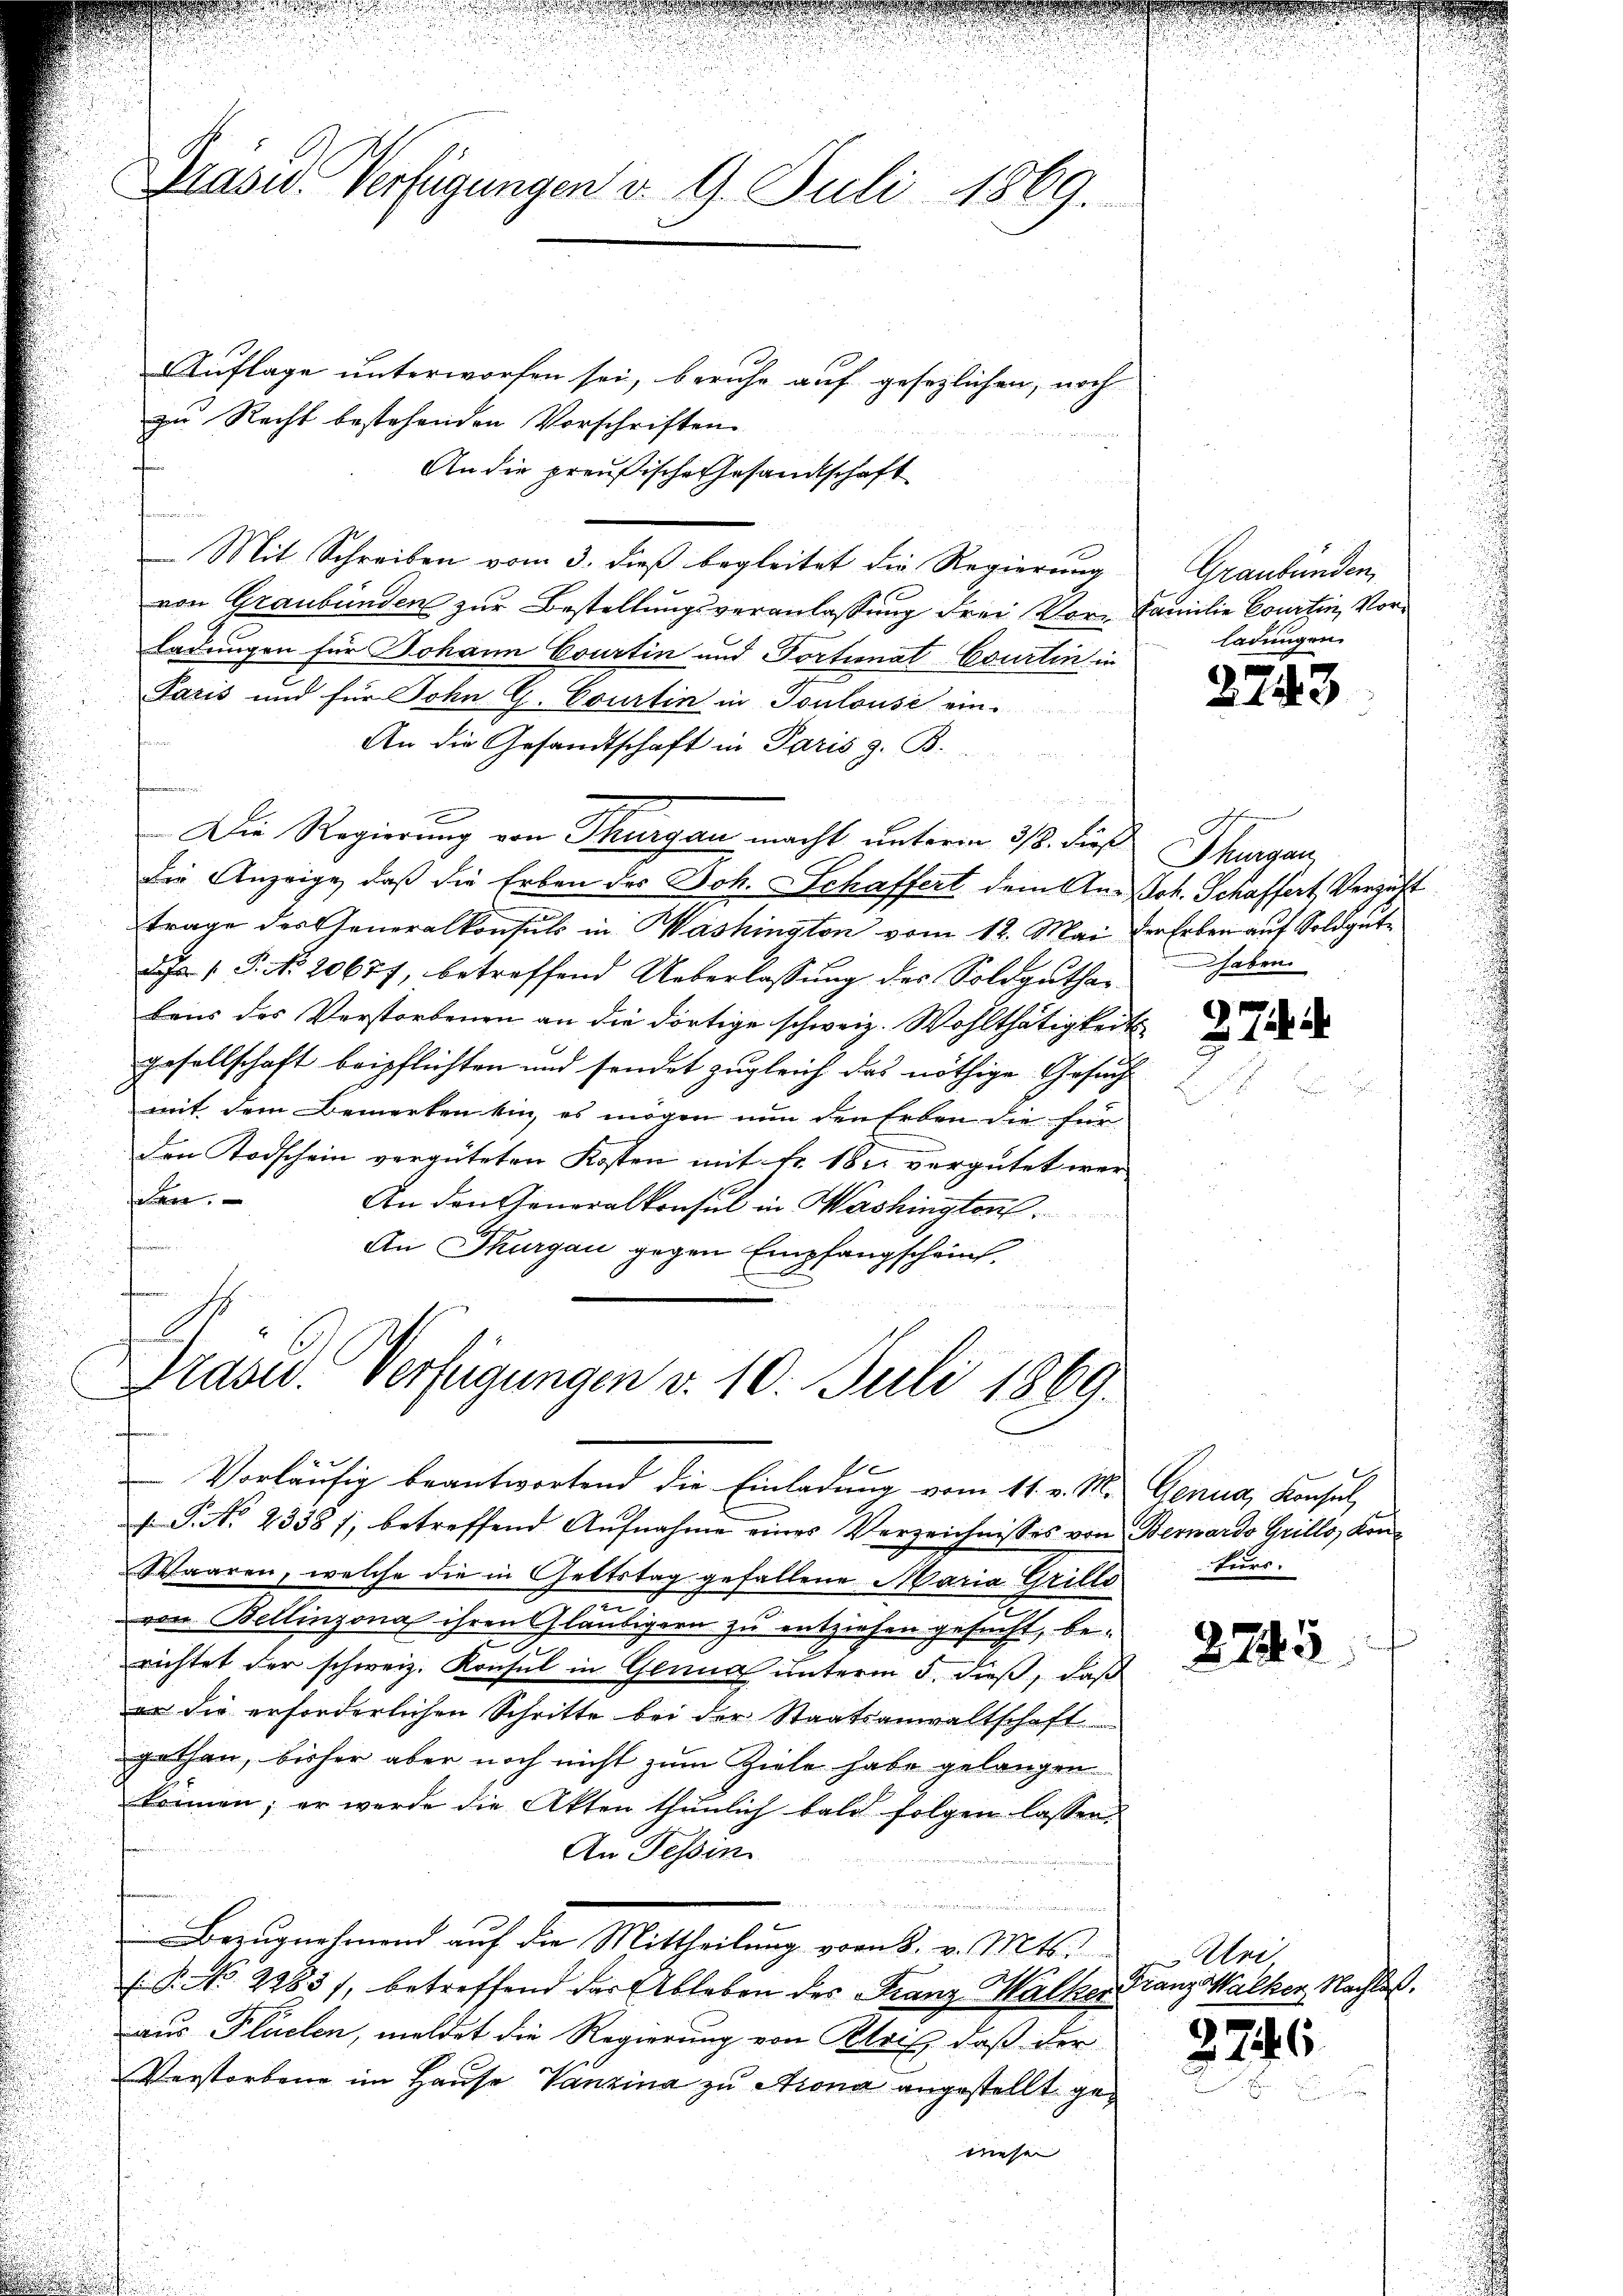
Gräses Verfügungen d. 9. Juli 1869.

Auflage unterworfen sei, beruhe auf gesezlichen, noch
zu Recht bestehenden Vorschriften.
An die preußische Gesandtschaft
Mit Schreiben vom 3. dieß begleitet die Regierung
von Graubünden zur Bestellungsveranlassung drei Vorladungen für Johann Courtin und Tortionat Courtin in
Paris und für Sohn G. Courtin in Toulouse ein-
An die Gesandtschaft in Paris z. B.
Die Regierung von Thurgau macht unterm 318. dieß Thurgau,
Die Anzeige, daß die Erben des Joh. Schaffert dem An-Joh. Schaffert, Verzicht
trage der Generalkonsuls in Washington vom 12. Mai
Da 1. P. No. 20677, betreffend Ueberlassung des Soldguthabens des Verstorbenen an die dortige schweiz. Wohlthätigkeit
gesellschaft beipflichten und sonder zugleich das nöthige Gesuch
mit dem Bemerken bin, es mögen nun den Erben die für
Den Todschein vergüteten Kosten mit Fr. 18 u. vergütet wer-
bar.
An den Generalkonsul in Washington
An Thurgau gegen Empfangscheins

Präsid. Verfügungen v. 10. Juli 1869.
e
Vorläŭfig beantwortend die Einladung vom 11. v. M. Genua, Konsul
f G. No 23381, betreffend Aufnahme eines Verzeichnisses von Bernardo Grillo, Kon¬
Waaren, welche die in Geltstag gefallene Maria Grills
n
von Bellinzona ihren Gläubigern zu entziehen gesucht, berichtet der schweiz. Konsul in Genua unterm 5. dieß, daß
er die erforderlichen Schritte bei der Staatsanwaltschaft
gethan, bisher aber noch nicht zum Ziele habe gelangen
können; er werde die Akten thŭnlich bald folgen lassen.
An Tessin.
.
g , welche beiderliche weiten un
Breugnehmend auf der Mittheilung vom 3. v. Mts.
P. No 2283), betreffend der Ableben des Franz Kalker Franz-Walker, Nachlaß.
aus Flüelen, meldet die Regierung von Klris, daß der
Verstorbene im Hause Vanzina zu Arona angestellt gemese |

Graubünden,
Familie Courtin, Vorladungen.

2243

der Erben auf Soldgute
haben

27.

Feers.

2745

Uri

2246